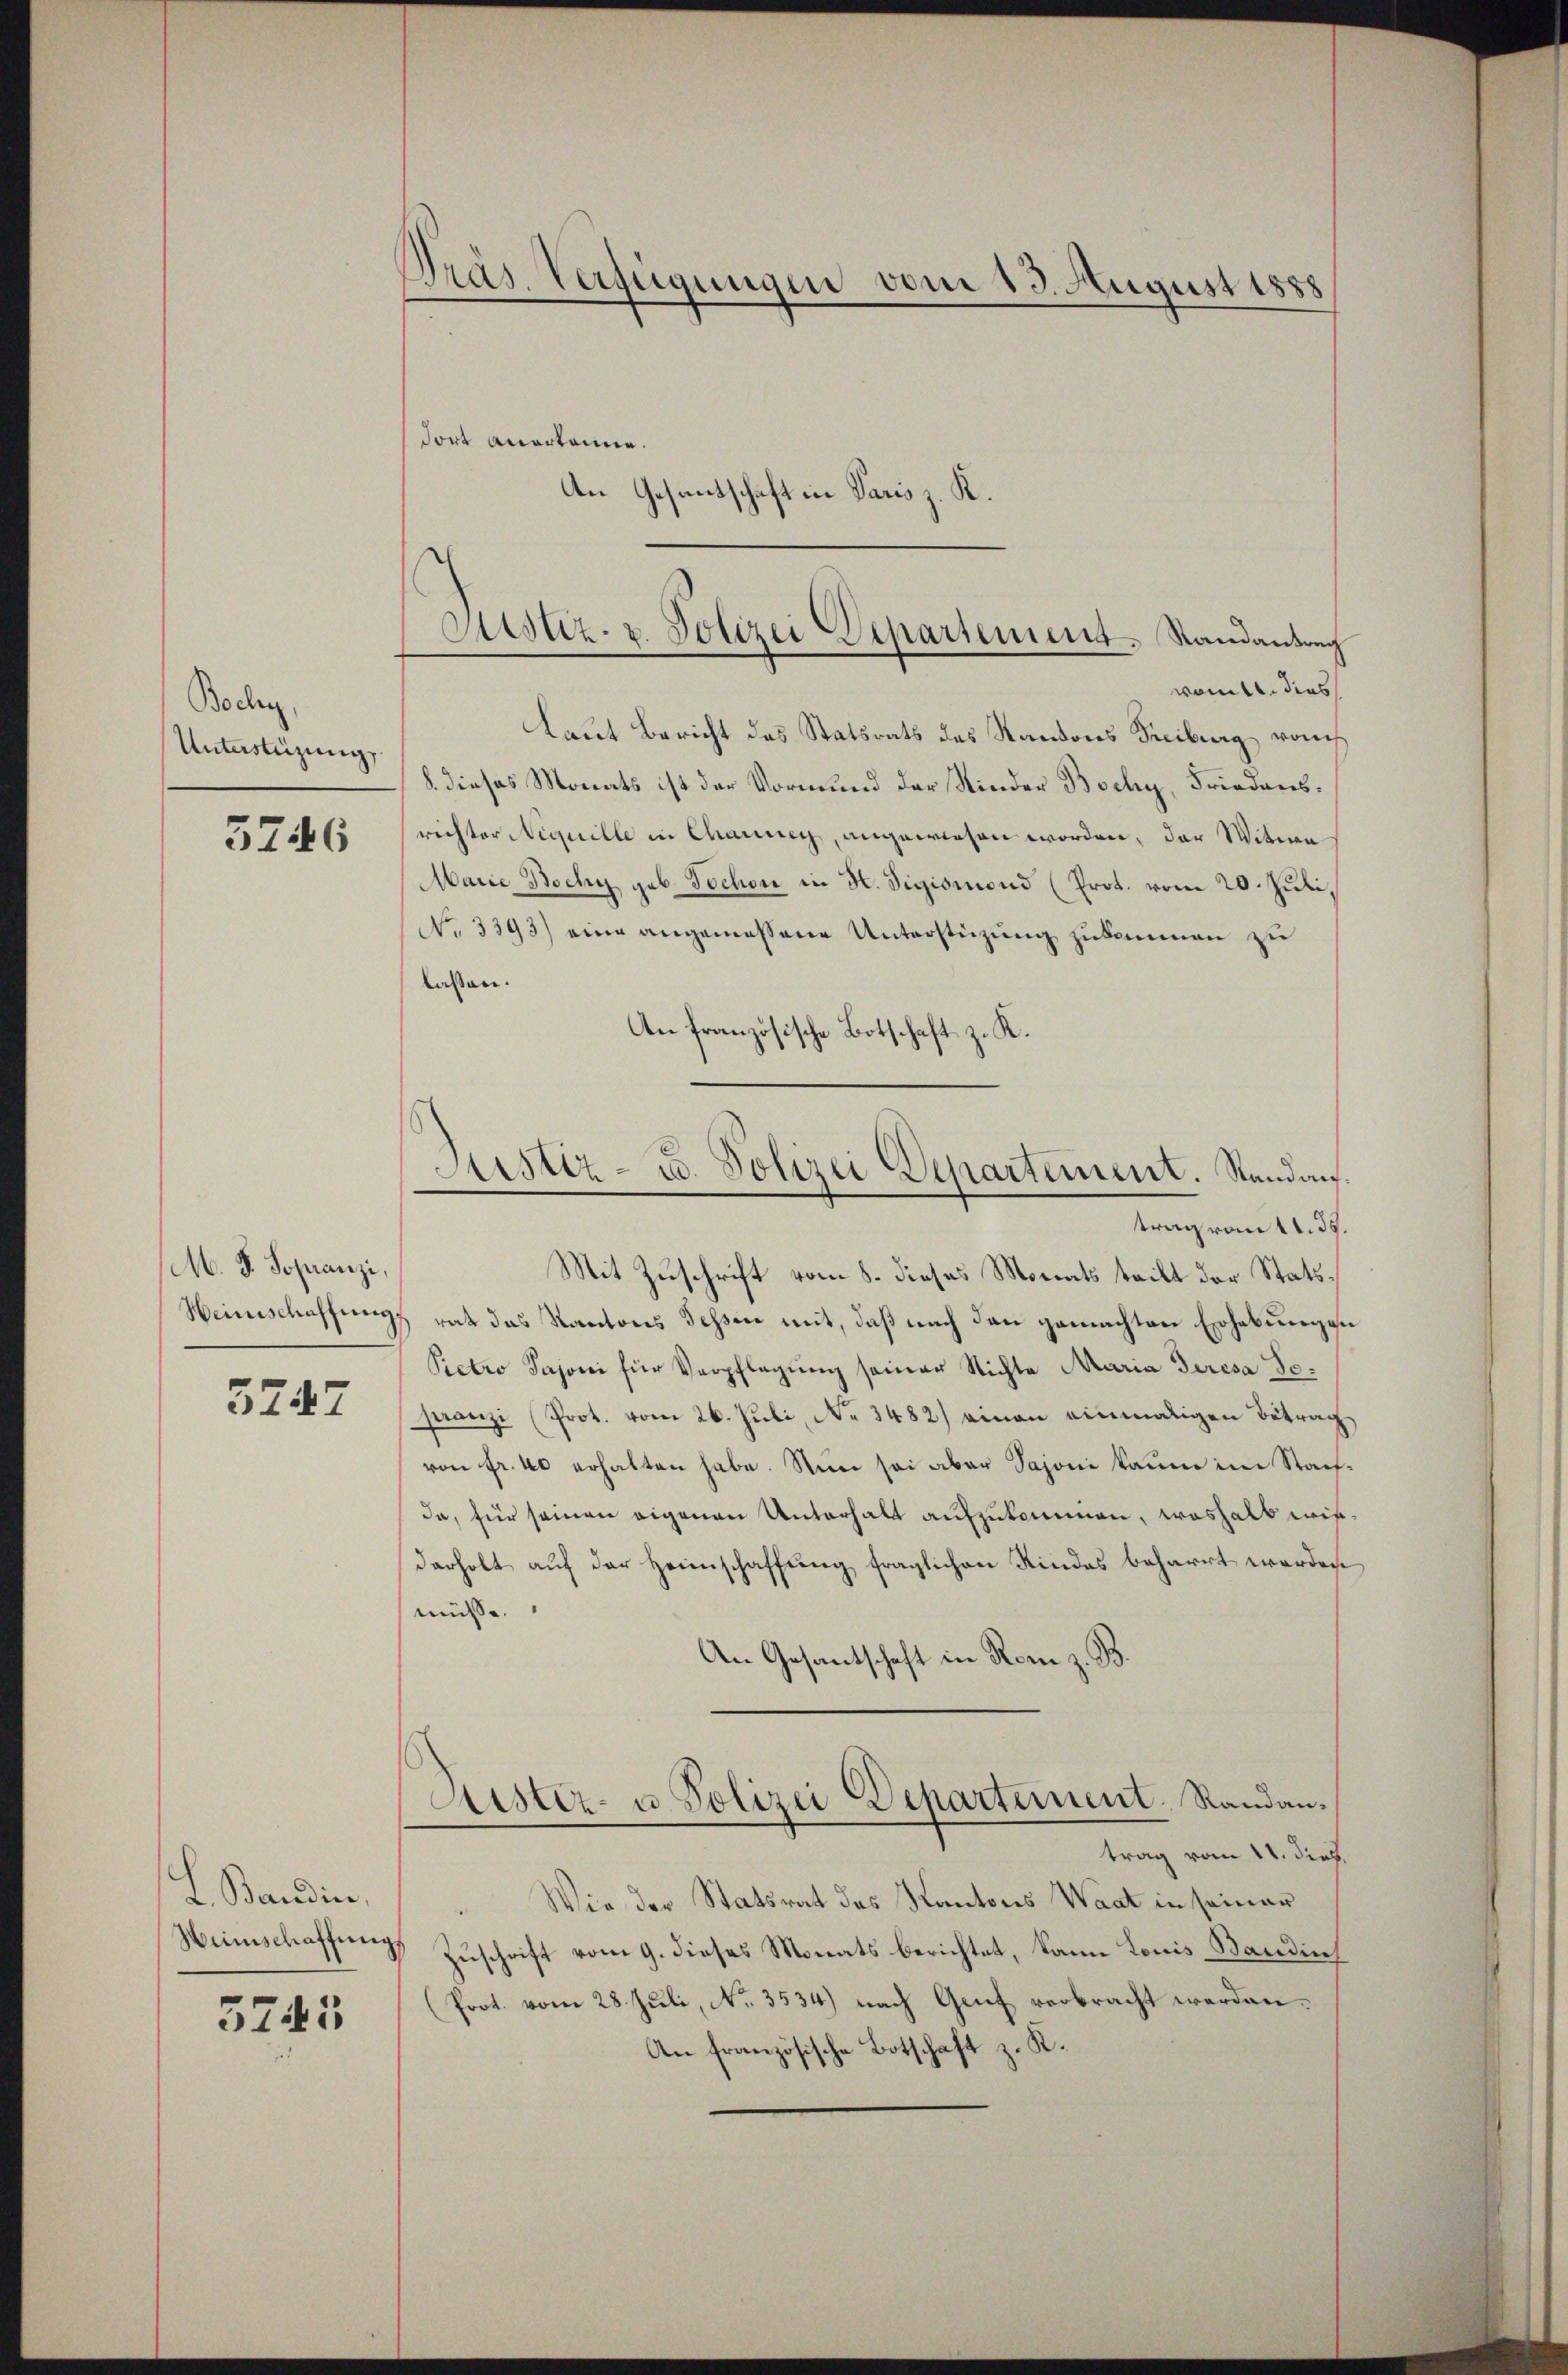
Bochen
Unterstüzung
3246

M. F. Sopranzi,

L. Bandin,
5745

Präs. Verfügungen vom 13. August 1888

Fort anerkanne.
An Gesantschaft in Paris z. K.
womtl. dies
Laut Bericht das Statsrats des Randons Freiburg, von
8. dieses Monats ist der Vormund der Kinder Bochy, Friedensrichter Niquille in Charinen, angewiesen worden, der Witwe
Marie Bochy geb. Tochon in H. Sigismond (Prot. vom 20. Juli,
No. 3393) eine angemessene Unterstüzung zukommen zu
lassen.
An französische Botschaft z. K.

Justiz- u. Polizei Departement. Randantrag

Mit Zuschrift vom 8. dieses Monats tritt der Stats¬
Heimschaffungsrat das Kantons Tessen mit, daß nach den gemachten Erhebungen
Pietro Pajoni für Verpflegŭng seiner Nichte Maria deresa Se¬
57. I. (Franzi (Prot. vom 26. Juli, No. 3482) einen einmaligen Betrag
von fr. 40 erhalten habe. Nun sei aber Sajoni kaum im Staufda, für seinen eigenen Unterhalt aufzukommen, weshalb wiederholt auf der Heimschaffung fraglichen Kindes beharrt werden
müsse.
An Gesantschaft in Rom z. B.
Justiz- u Polizei Departement. Randantrag vom 11. dies
Wie der Statsrat des Kantons Waat in seiner
Weinschaffung, Zuschrift vom 9. dieses Monats berichtet, kann Louis Bandin
(Prot. vom 28. Juli, No. 3534) nach Genf verbracht werden.
An französische Botschaft z. K.

Justiz- u. Polizei Departement. Standau.
trag von 11. ds.